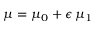
\mu = \mu _ { 0 } + \epsilon \, \mu _ { 1 }